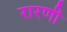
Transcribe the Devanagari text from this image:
रारणी